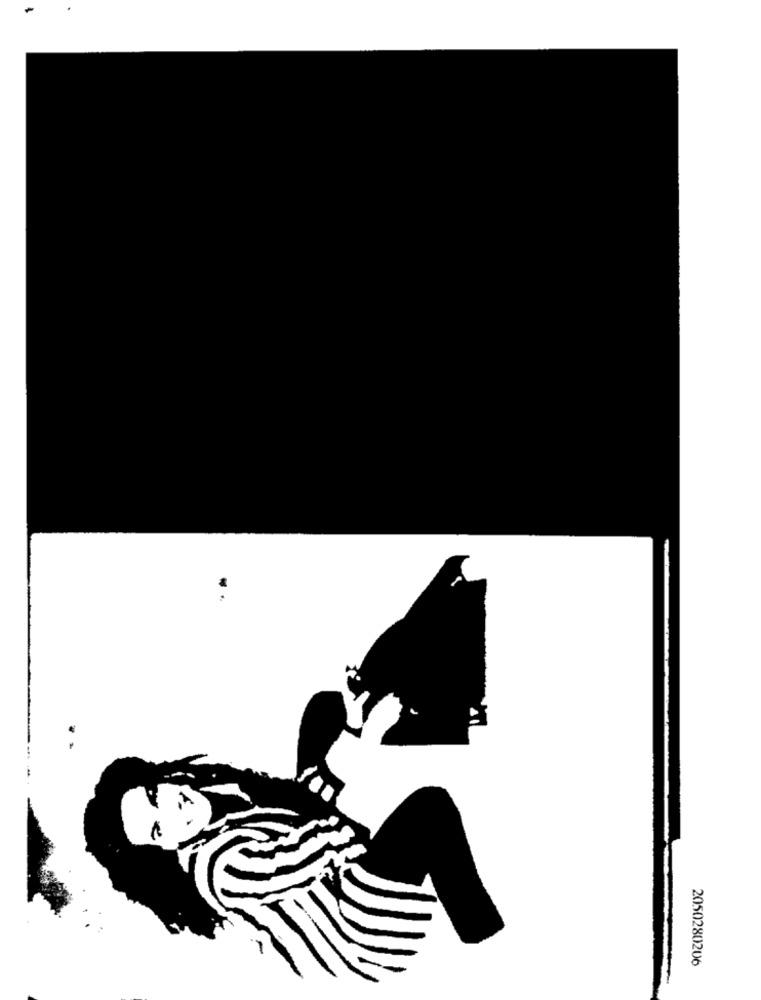
2050280206